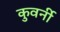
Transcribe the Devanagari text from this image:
कुवर्नी